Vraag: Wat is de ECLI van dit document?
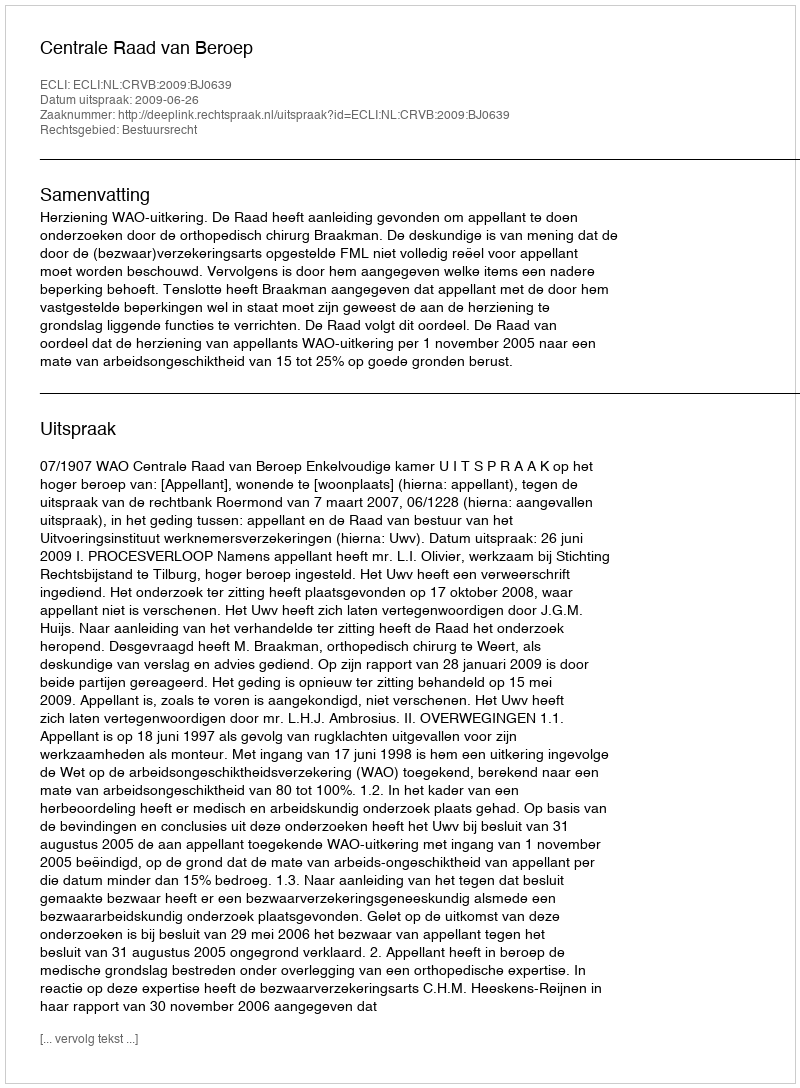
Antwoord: ECLI:NL:CRVB:2009:BJ0639